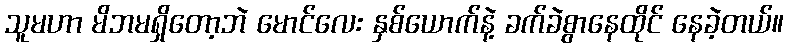
သူမဟာ မိဘမရှိတော့ဘဲ မောင်လေး နှစ်ယောက်နဲ့ ခက်ခဲစွာနေထိုင် နေခဲ့တယ်။